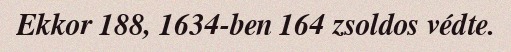
Ekkor 188, 1634-ben 164 zsoldos védte.